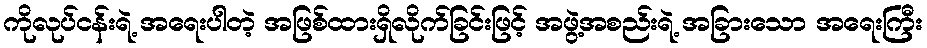
ကိုလုပ်ငန်းရဲ့ အရေးပါတဲ့ အဖြစ်ထားရှိလိုက်ခြင်းဖြင့် အဖွဲ့အစည်းရဲ့ အခြားသော အရေးကြီး